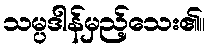
သမ္ပဒါန်မှည့်သေး၏။